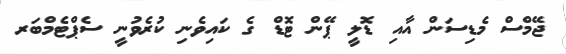
ޖޭމްސް މެޑިސަން އާއި ޑޮލީ ޕޭން ޓޮޑް ގެ ކައިވެނި ކުރެވުނީ ސެޕްޓެމްބަރ